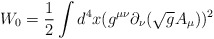
\begin{align*}W_{0}=\frac{1}{2}\int d^{4}x(g^{\mu\nu}\partial_{\nu}(\sqrt{g}A_{\mu}))^{2}\end{align*}